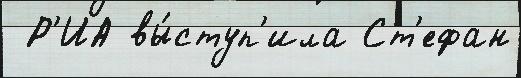
 Р'ИА вы́ступ'ила Ст'ефан